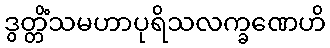
ဒွတ္တိံသမဟာပုရိသလက္ခဏေဟိ